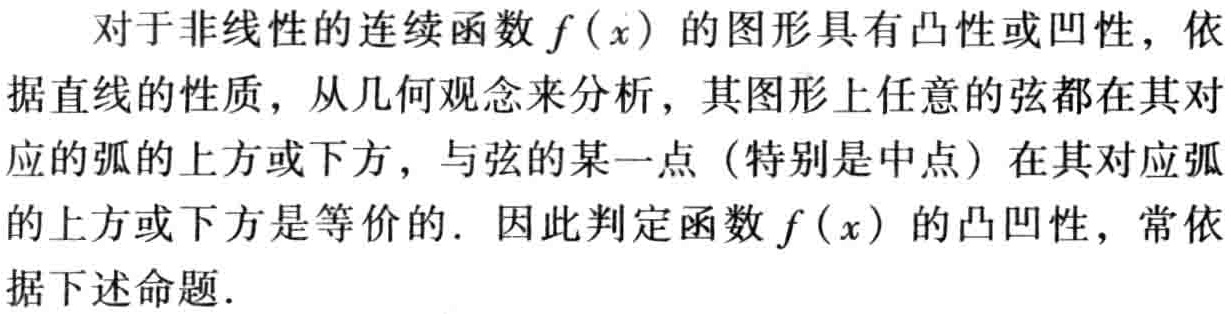
对于非线性的连续函数\(f(x)\)的图形具有凸性或凹性，依据直线的性质，从几何观念来分析，其图形上任意的弦都在其对应的弧的上方或下方，与弦的某一点（特别是中点）在其对应弧的上方或下方是等价的. 因此判定函数\(f(x)\)的凸凹性，常依据下述命题.